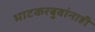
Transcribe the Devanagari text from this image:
भाटकरबुवांनाही